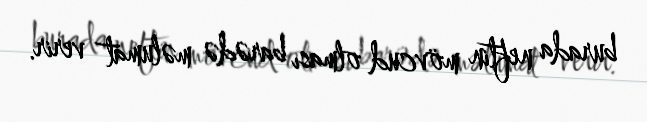
burada neftin mövcud olması barədə məlumat verir.